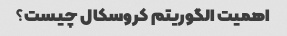
اهمیت الگوریتم کروسکال چیست؟